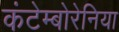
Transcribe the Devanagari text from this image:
कंटेम्बोरेनिया